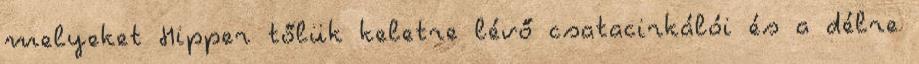
melyeket Hipper tőlük keletre lévő csatacirkálói és a délre